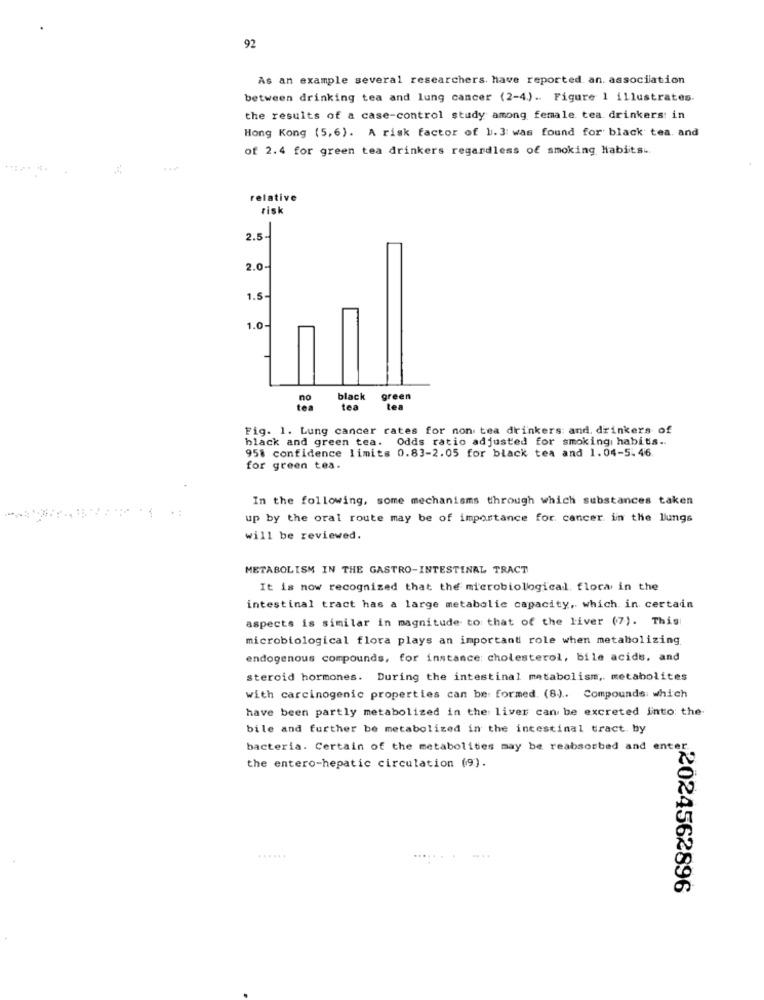
92
As an example several researchers. have reported. an. association
between drinking tea and lung cancer (2-4) .. Figure 1 illustrates.
the results of a case-control study among female tea. drinkers: in
Hong Kong (5,6). A risk factor of 1.3 was found for black tea. and
of 2.4 for green tea drinkers regardless of smoking Habiits ..
relative
risk
2.5-
2.0
1.5
1.0
no
black
green
tea
tea
tea
Fig. 1. Lung cancer rates for non tea drinkers: and. drinkers of
black and green tea. Odds ratio adjusted for smoking: habits ..
95% confidence limits 0.83-2.05 for black tea and 1.04-5.46.
for green tea.
In the following, some mechanisms through which substances taken
up by the oral route may be of importance for cancer in the lungs
will be reviewed.
METABOLISM IN THE GASTRO-INTESTINAL TRACT
It is now recognized that the microbiological, flora in the
intestinal tract has a large metabolic capacity, which. in certain
aspects is similar in magnitude to that of the liver (7). This
microbiological flora plays an important role when metabolizing
endogenous compounds, for instance cholesterol, bile acids, and
steroid hormones. During the intestinal metabolism, metabolites
with carcinogenic properties can be formed. (8). Compounds: which
have been partly metabolized in the liver can be excreted into the
bile and further be metabolized in the intestinal tract by
bacteria. Certain of the metabolites may be reabsorbed and enter
the entero-hepatic circulation (9).
......
:2024562896